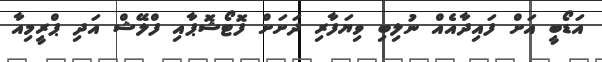
އަޑޯބީ އަށް ފައިދާއެއް ނުލިބި ވިޔަފާރި ދަށަށް ފޮޓޯޝޮޕާއި ފްލޭޝް އަދި ޕްރީމިއާ